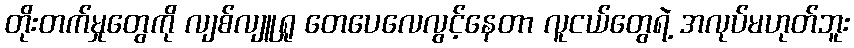
တိုးတက်မှုတွေကို လျစ်လျူရှု တေပေလေလွင့်နေတာ လူငယ်တွေရဲ့ အလုပ်မဟုတ်ဘူး